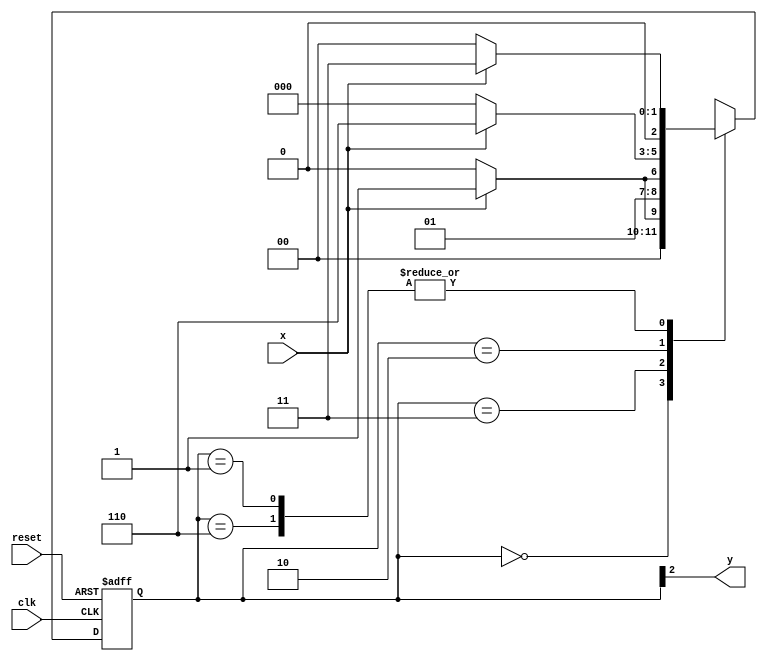
// ------------------------- 
// Nome: Camila Guedes Silveira 
// ------------------------- 
// -------------- 
// --- Moore FSM 
// -------------- 
/* 
Moore FSM Diagram 
                           ______________ 
                          /              \ 
         1          1     v     0      1 | // found 
[start] ---> [id1] ---> [id11] ---> [id110]  
^ \0          0 |        1/ ^         0 |           
\_/            /          \__/         |            
\_____________/                       /              
 \                                   /              
  \_________________________________/             
  
*/ 


// constant definition 
`define found 1 
`define notfound 0 

// FSM by Moore 
module Moore1101 ( y, x, clk, reset ); 
	output y; 
	input x; 
	input clk; 
	input reset; 
	reg y; 

parameter // state identifiers 
	start = 3'b000, 
	id1 = 3'b001, 
	id11 = 3'b011, 
	id110 = 3'b010, 
	id1101 = 3'b110; // signal found 
	
	reg [2:0] E1; // current state variables 
	reg [2:0] E2; // next state logic output 

// next state logic 
	always @( x or E1 ) 
	begin 
		case( E1 ) 
		
		start: 
		if ( x ) 
			E2 = id1; 
		else 
			E2 = start; 
		
		id1: 
		if ( x ) 
			E2 = id11; 
		else 
			E2 = start; 
		
		id11: 
		if ( x ) 
			E2 = id11; 
		else 
			E2 = id110; 
		
		id110: 
		if ( x ) 
			E2 = id1101; 
		else 
			E2 = start; 
		
		id1101: 
		if ( x ) 
			E2 = id11; 
		else 
			E2 = start; 
		
		default: // undefined statee 
			E2 = 3'bxxx; 
	
	endcase 
end // always at signal or state changing 

// state variables 
always @( posedge clk or negedge reset ) 
begin 
	if ( reset ) 
		E1 = E2; // updates current state 
	else 
		E1 = 0; // reset 
end // always at signal changing 

// output logic 
always @( E1 ) 
begin 
	y = E1[2]; // first bit of state value 
end // always at state changing 

endmodule // moore1101 

module Teste;
	reg clk, reset, x; 
	wire m1;
	 
	Moore1101 moore ( m1, x, clk, reset ); 
	
initial begin 
	$display ( "Guia 07 - Camila Guedes Silveira - 427393" );
	

	// valores iniciais 
	clk = 1; 
	reset = 1; 
	x = 0; 

	#5 reset = 1;
	#5 x = 1; 
	#5 x = 0; 
	#5 x = 1; 
	#10 x = 0; 
	#10 x = 1;  
	#10 $finish; 
end // initial
 
always 
	#5 clk = ~clk; 

always @( posedge clk ) 
	begin 
		$display ( "%4d %4b %4b ", $time, x, m1); //-- O resultado m1 d valor indefindo
	end // always at positive edge clocking changing 
endmodule //teste